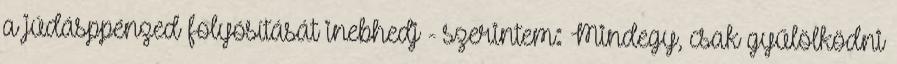
a júdásppénzed folyósítását inebhedj - szerintem: Mindegy, csak gyűlölködni